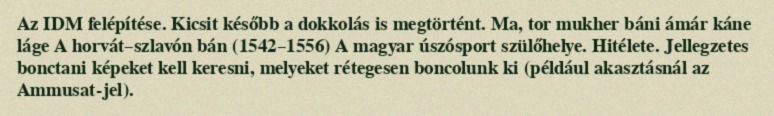
Az IDM felépítése. Kicsit később a dokkolás is megtörtént. Ma, tor mukher báni ámár káne láge A horvát–szlavón bán (1542–1556) A magyar úszósport szülőhelye. Hitélete. Jellegzetes bonctani képeket kell keresni, melyeket rétegesen boncolunk ki (például akasztásnál az Ammusat-jel).